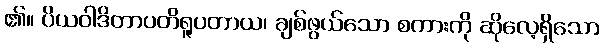
၏။ ပိယဝါဒိတာပတိရူပတာယ၊ ချစ်ဖွယ်သော စကားကို ဆိုလေ့ရှိသော